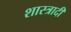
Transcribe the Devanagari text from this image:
शास्त्रादी